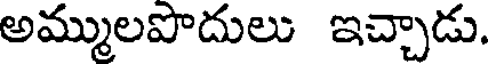
అమ్ములపొదులు ఇచ్చాడు.